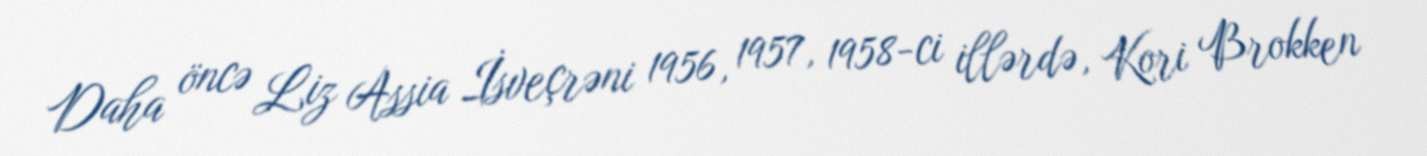
Daha öncə Liz Assia İsveçrəni 1956, 1957, 1958-ci illərdə, Kori Brokken